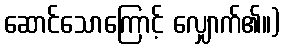
ဆောင်သောကြောင့် လျှောက်၏။)